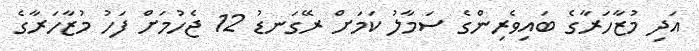
އަދި މުޒާހަރާގެ ބައިވެރިންގެ ސަމާލު ކަމަށް ރޭގަނޑު 12 ޖެހުމަށް ފަހު މުޒާހަރާގެ